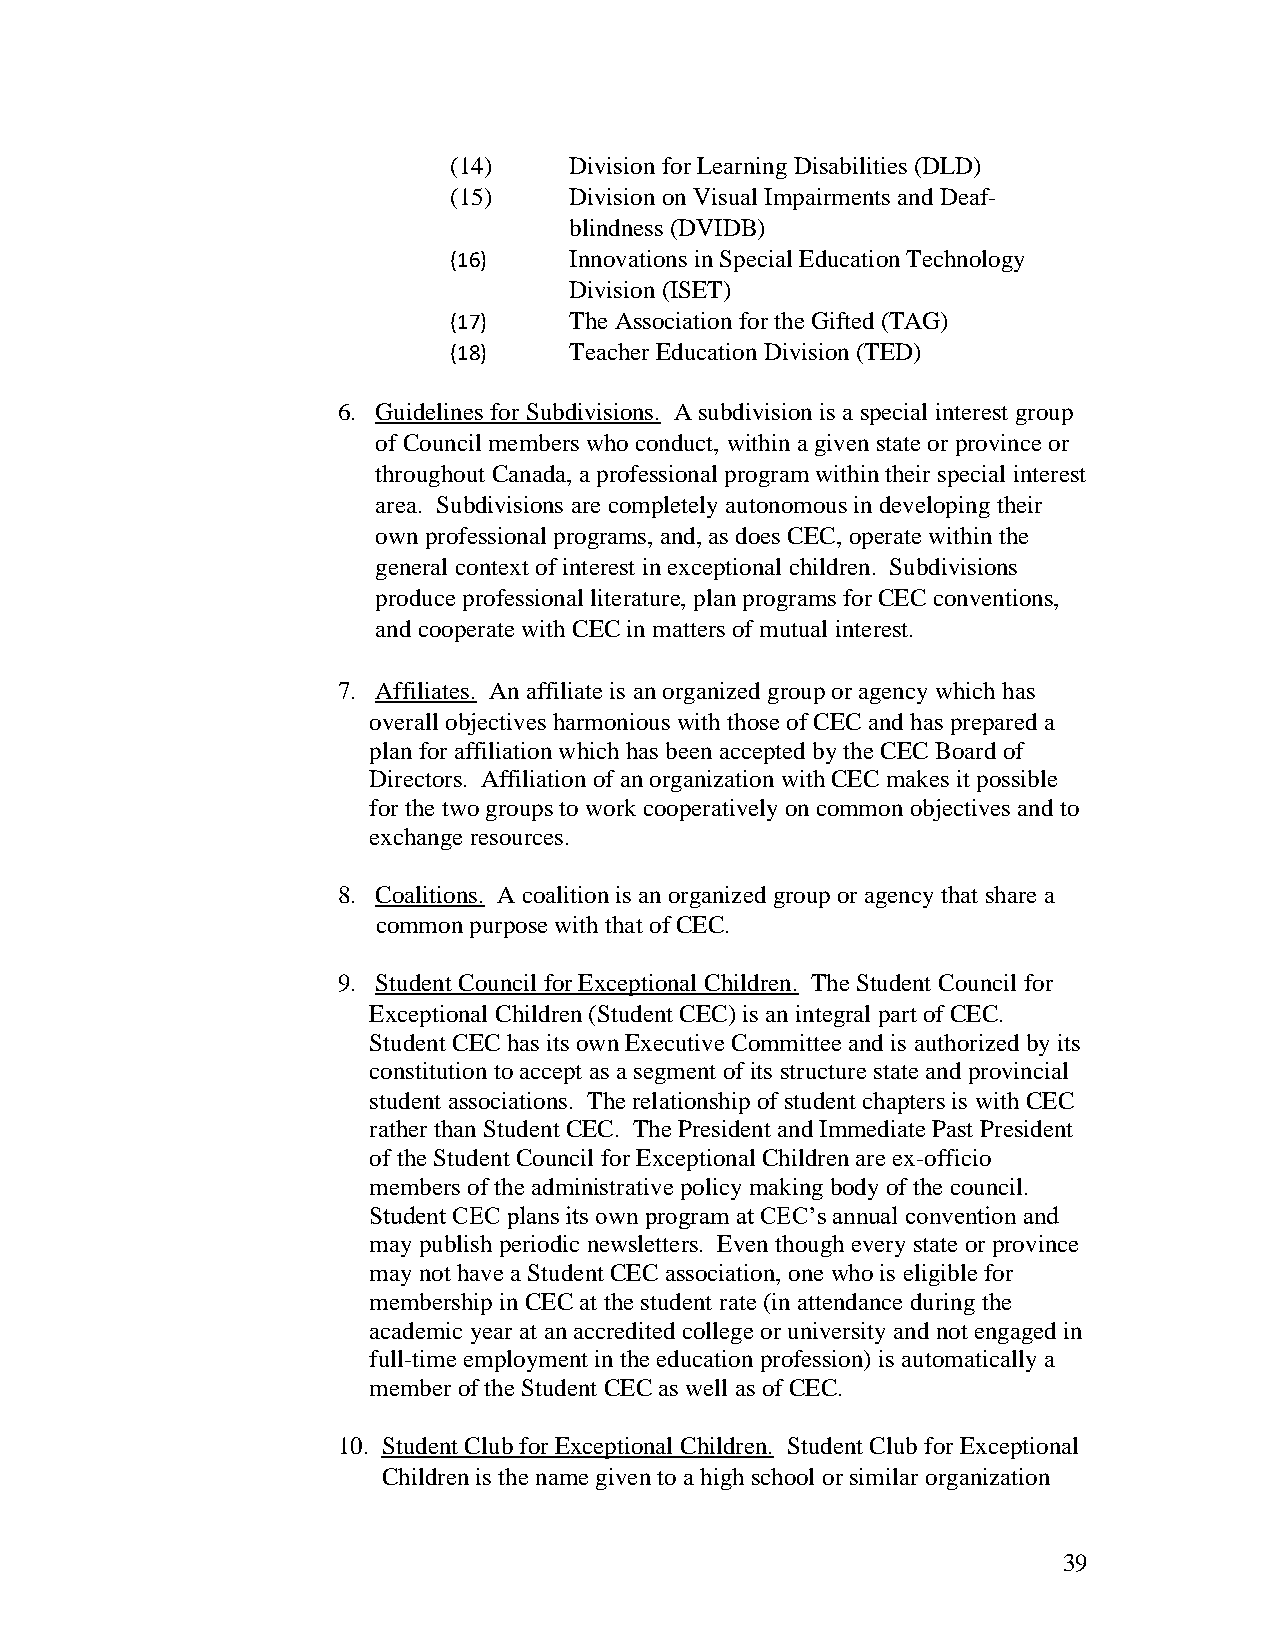
(14)    Division for Learning Disabilities (DLD)
 (15)    Division on Visual Impairments and Deaf-
 blindness (DVIDB)
 (16)    Innovations in Special Education Technology
 Division (ISET)
 (17)    The Association for the Gifted (TAG)
 (18)    Teacher Education Division (TED)
 6. Guidelines for Subdivisions. A subdivision is a special interest group
 of Council members who conduct, within a given state or province or
 throughout Canada, a professional program within their special interest
 area. Subdivisions are completely autonomous in developing their
 own professional programs, and, as does CEC, operate within the
 general context of interest in exceptional children. Subdivisions
 produce professional literature, plan programs for CEC conventions,
 and cooperate with CEC in matters of mutual interest.
 7. Affiliates. An affiliate is an organized group or agency which has
 overall objectives harmonious with those of CEC and has prepared a
 plan for affiliation which has been accepted by the CEC Board of
 Directors. Affiliation of an organization with CEC makes it possible
 for the two groups to work cooperatively on common objectives and to
 exchange resources.
 8. Coalitions. A coalition is an organized group or agency that share a
 common purpose with that of CEC.
 9. Student Council for Exceptional Children. The Student Council for
 Exceptional Children (Student CEC) is an integral part of CEC.
 Student CEC has its own Executive Committee and is authorized by its
 constitution to accept as a segment of its structure state and provincial
 student associations. The relationship of student chapters is with CEC
 rather than Student CEC. The President and Immediate Past President
 of the Student Council for Exceptional Children are ex-officio
 members of the administrative policy making body of the council.
 Student CEC plans its own program at CEC’s annual convention and
 may publish periodic newsletters. Even though every state or province
 may not have a Student CEC association, one who is eligible for
 membership in CEC at the student rate (in attendance during the
 academic year at an accredited college or university and not engaged in
 full-time employment in the education profession) is automatically a
 member of the Student CEC as well as of CEC.
 10. Student Club for Exceptional Children. Student Club for Exceptional
 Children is the name given to a high school or similar organization
 39